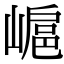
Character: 𡻮